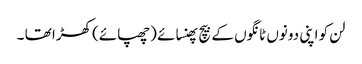
لن کو اپنی دونوں ٹانگوں کے بیچ پھنسائے (چھپائے) کھڑا تھا ۔